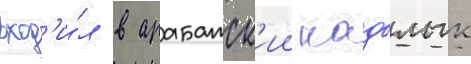
вход'и́л в арабатск'ии кадылык